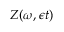
Z ( \omega , \epsilon t )